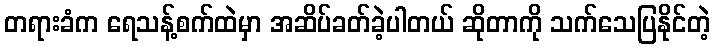
တရားခံက ရေသန့်စက်ထဲမှာ အဆိပ်ခတ်ခဲ့ပါတယ် ဆိုတာကို သက်သေပြနိုင်တဲ့